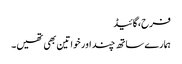
فرح،گائیڈ
ہمارے ساتھ چند اور خواتین بھی تھیں۔